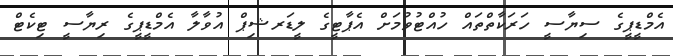
އެމްޑީޕީގެ ސިޔާސީ ހަރަކާތްތައް ހުއްޓުވުމަށް އެޕާޓީގެ ލީޑަރޝިޕް އުވާލާ އެމްޑީޕީގެ ރިޔާސީ ޓިކެޓް